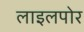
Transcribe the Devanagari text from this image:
लाइलपोर